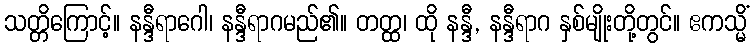
သတ္တိကြောင့်။ နန္ဒီရာဂေါ၊ နန္ဒီရာဂမည်၏။ တတ္ထ၊ ထို နန္ဒီ, နန္ဒီရာဂ နှစ်မျိုးတို့တွင်။ ဧကသ္မိံ